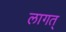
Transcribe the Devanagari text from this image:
लागत्